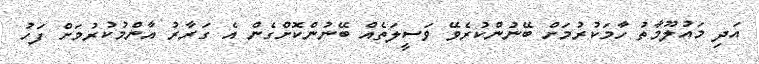
އަދި މައުލޫމާތު ހާމަކުރުމަށް ބޭނުންކުރެވޭ ވަސީލަތެއް ބޭނުންކޮށްގެން އެ ގަރާރު އާންމުކުރުމަށް ފަހު